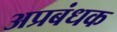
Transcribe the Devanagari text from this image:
अप्रबंधक